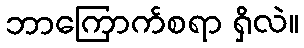
ဘာကြောက်စရာ ရှိလဲ။